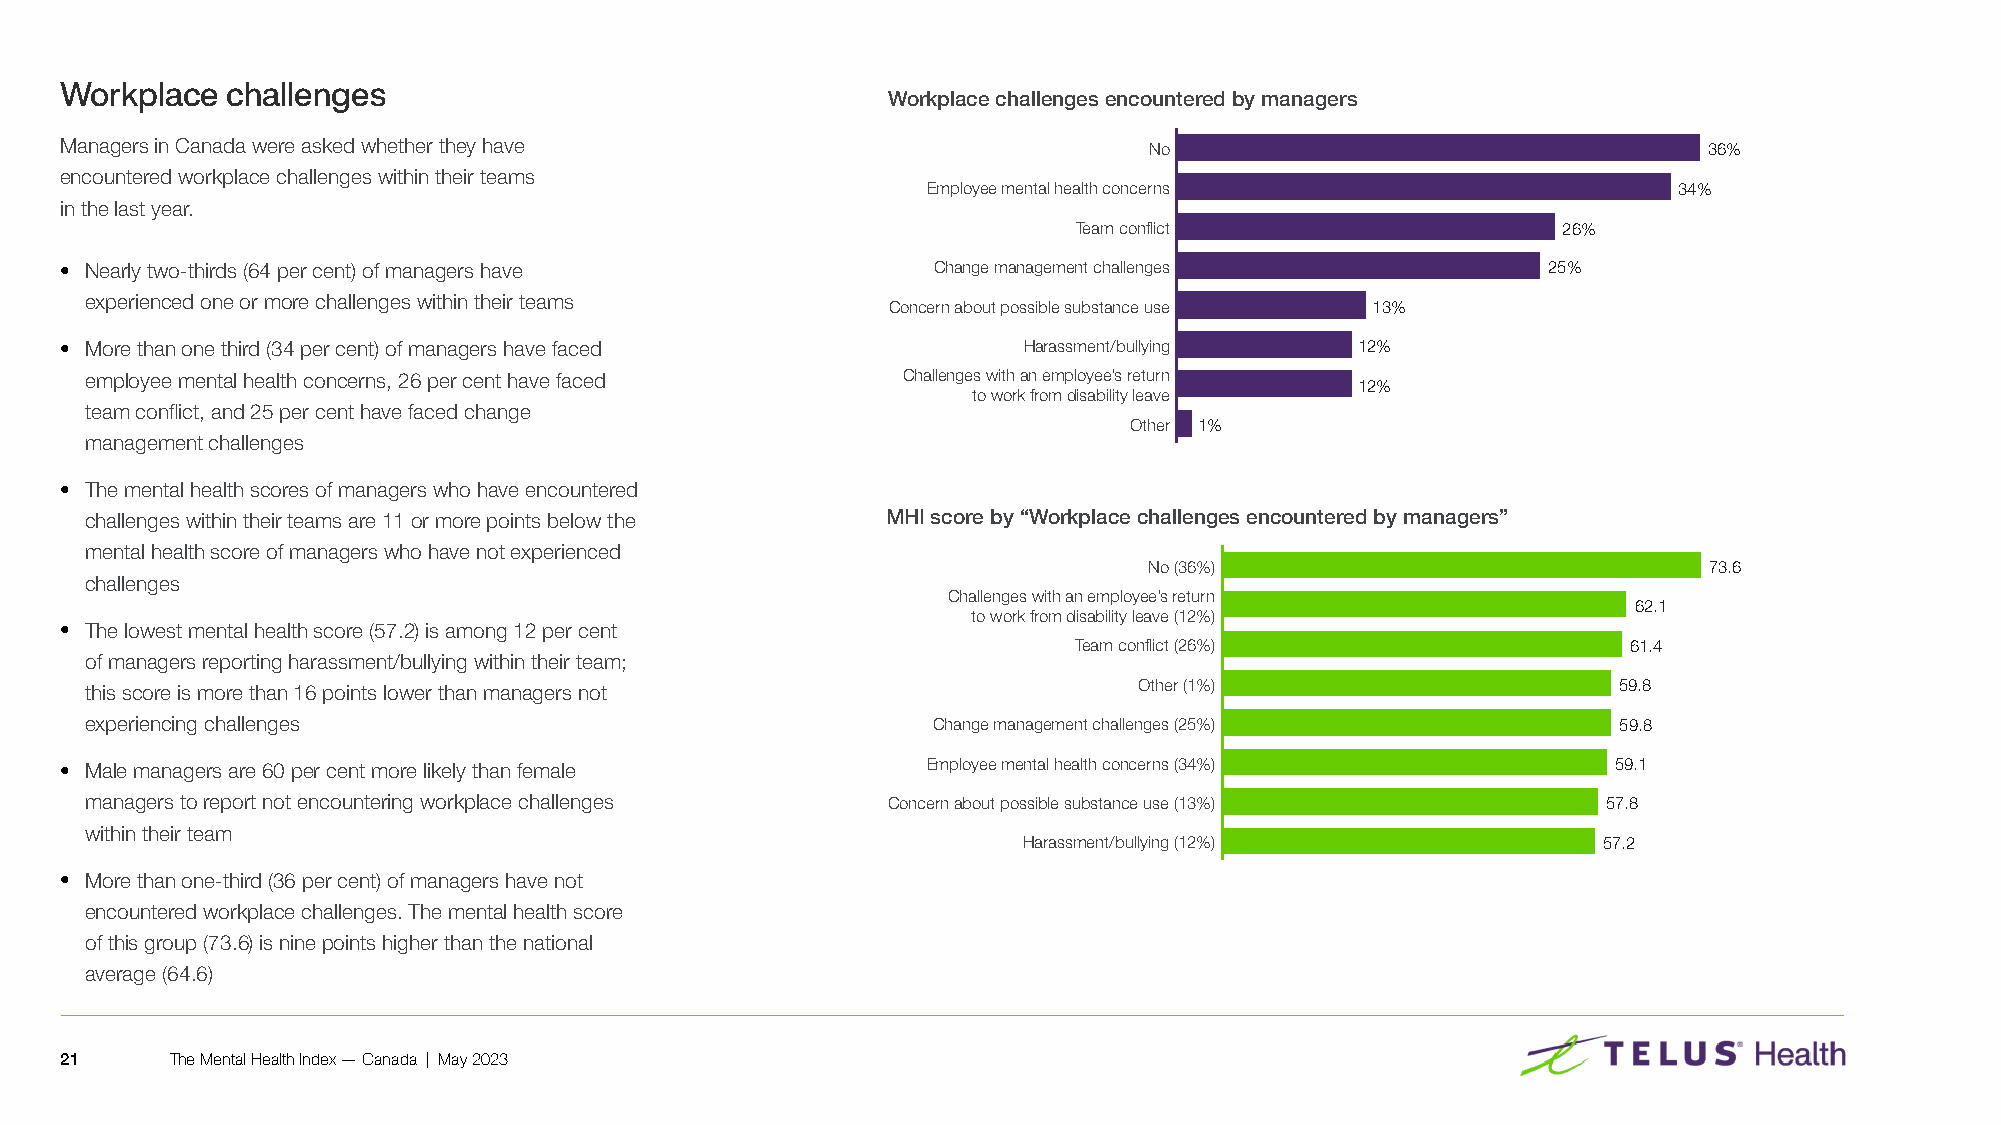
Workplace  challenges
 Workplace challenges encountered by managers
 Managers in Canada were asked whether they have                         No                                   36%
 encountered workplace challenges within their teams
 Employee mental health concerns                   34%
 in the last year�
 Team conflict                   26%
 • Nearly two-thirds (64 per cent) of managers have        Change management challenges            25%
 experienced one or more challenges within their teams
 Concern about possible substance use 13%
 • More than one third (34 per cent) of managers have faced      Harassment/bullying   12%
 employee mental health concerns, 26 per cent have faced Challenges with an employee’s return
 12%
 to work from disability leave
 team conflict, and 25 per cent have faced change
 Other 1%
 management challenges
 • The mental health scores of managers who have encountered
 challenges within their teams are 11 or more points below the MHI score by “Workplace challenges encountered by managers”
 mental health score of managers who have not experienced
 No (36%)                             73.6
 challenges
 Challenges with an employee’s return
 62.1
 to work from disability leave (12%)
 • The lowest mental health score (57�2) is among 12 per cent
 Team conflict (26%)                  61.4
 of managers reporting harassment/bullying within their team;
 this score is more than 16 points lower than managers not            Other (1%)                      59.8
 experiencing challenges                                 Change management challenges (25%)           59.8
 • Male managers are 60 per cent more likely than female  Employee mental health concerns (34%)         59.1
 managers to report not encountering workplace challenges Concern about possible substance use (13%) 57.8
 within their team
 Harassment/bullying (12%)             57.2
 • More than one-third (36 per cent) of managers have not
 encountered workplace challenges� The mental health score
 of this group (73�6) is nine points higher than the national
 average (64�6)
 21     The Mental Health Index — Canada | May 2023